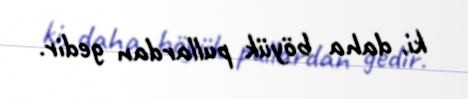
ki, daha böyük pullardan gedir.